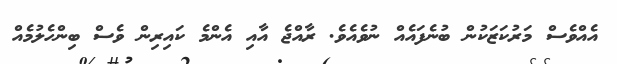
އެއްވެސް މަރުކަޒަކުން ބުނެފައެއް ނުވެއެވެ. ރާއްޖެ އާއި އެންމެ ކައިރިން ވެސް ބިންހެލުމެއް